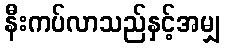
နီးကပ်လာသည်နှင့်အမျှ